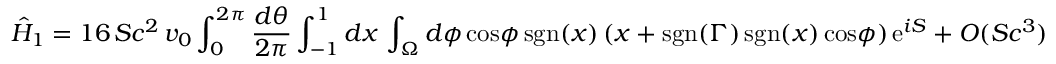
\hat { H } _ { 1 } = 1 6 \, S c ^ { 2 } \, v _ { 0 } \int _ { 0 } ^ { 2 \pi } { \frac { d \theta } { 2 \pi } } \int _ { - 1 } ^ { 1 } d x \, \int _ { \Omega } d \phi \, \mathrm { c o s } \phi \, \mathrm { s g n } ( x ) \, ( x + \mathrm { s g n } ( \Gamma ) \, \mathrm { s g n } ( x ) \, \mathrm { c o s } \phi ) \, \mathrm { e } ^ { i S } + O ( S c ^ { 3 } )